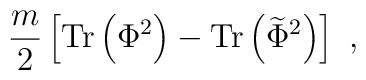
{m\over 2}\left[{\rm Tr}\left(\Phi^2\right)- {\rm Tr}\left({\widetilde \Phi}^2\right)\right]~,